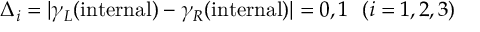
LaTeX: \Delta _ { i } = \vert \gamma _ { L } ( \mathrm { i n t e r n a l } ) - \gamma _ { R } ( \mathrm { i n t e r n a l } ) \vert = 0 , 1 ~ ~ ( i = 1 , 2 , 3 )